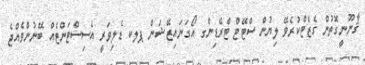
ޤާނޫނީގޮތުން ގެޒެޓްކުރެވޭ ލިޔުން ސްޓޭޓް ޓްރޭޑިންގ އޯގަނައިޒޭޝަން ޕލކ ޑެލިވަރީ އެސިސްޓަންޓެއް ބޭނުންވެއްޖެ